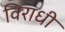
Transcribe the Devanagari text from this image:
विराधी